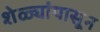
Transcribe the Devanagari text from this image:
शेळ्यांपासून